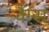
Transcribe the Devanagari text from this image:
वैग्स